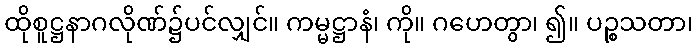
ထိုစူဋ္ဌနာဂလိုဏ်၌ပင်လျှင်။ ကမ္မဋ္ဌာနံ၊ ကို။ ဂဟေတွာ၊ ၍။ ပဉ္စသတာ၊